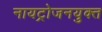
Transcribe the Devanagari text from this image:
नायट्रोजनयुक्त